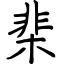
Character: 棐